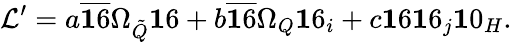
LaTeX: {\cal L}^{\prime}=a\overline{{{{\mathbf 16}}}}\Omega_{\tilde{Q}}{\mathbf 16}+b\overline{{{{\mathbf 16}}}}\Omega_{Q}{\mathbf 16}_{i}+c{\mathbf 16}{\mathbf 16}_{j}{\mathbf 10}_{H}.